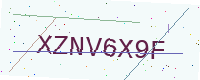
Text: XZNV6X9F